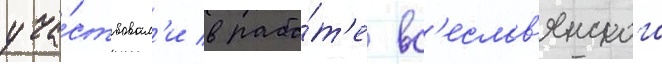
уча́ствовал'и в рабо́т'е вс'еслав'янского